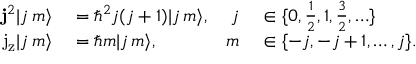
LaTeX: \begin{array} { r l r l } { \mathbf { j } ^ { 2 } | j \, m \rangle } & { { } = \hbar ^ { 2 } j ( j + 1 ) | j \, m \rangle , } & { j } & { { } \in \{ 0 , { \frac { 1 } { 2 } } , 1 , { \frac { 3 } { 2 } } , \ldots \} } \\ { \mathrm { j _ { z } } | j \, m \rangle } & { { } = \hbar m | j \, m \rangle , } & { m } & { { } \in \{ - j , - j + 1 , \ldots , j \} . } \end{array}